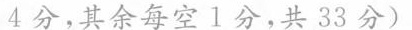
4分，其余每空l分，共33分)